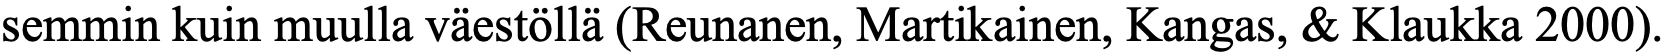
semmin kuin muulla väestöllä (Reunanen, Martikainen, Kangas, & Klaukka 2000).